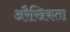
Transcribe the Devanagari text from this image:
अरैखिकता